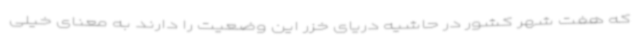
که هفت شهر کشور در حاشیه دریای خزر این وضعیت را دارند به معنای خیلی